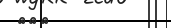
١٣٠